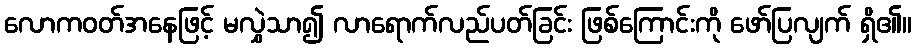
လောကဝတ်အနေဖြင့် မလွှဲသာ၍ လာရောက်လည်ပတ်ခြင်း ဖြစ်ကြောင်းကို ဖော်ပြလျက် ရှိ၏။